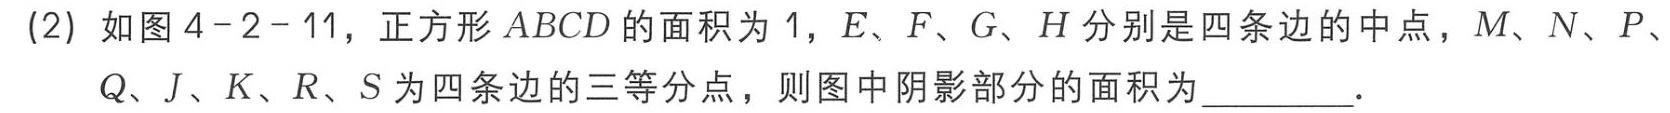
(2) 如图4 - 2 - 11，正方形\(ABCD\)的面积为\(1\)，\(E、F、G、H\)分别是四条边的中点，\(M、N、P、Q、J、K、R、S\)为四条边的三等分点，则图中阴影部分的面积为________．